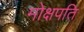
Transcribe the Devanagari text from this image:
मोक्षपति